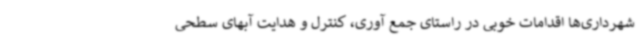
شهرداری‌ها اقدامات خوبی در راستای جمع آوری، کنترل و هدایت آبهای سطحی